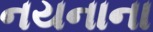
નયનાના